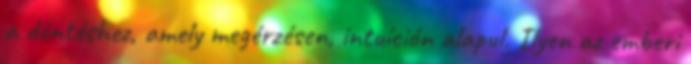
a döntéshez, amely megérzésen, intuíción alapul. Ilyen az emberi